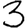
Digit: 3